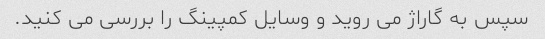
سپس به گاراژ می روید و وسایل کمپینگ را بررسی می کنید.